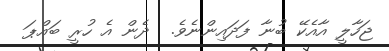
ޖަހާލީ އާއެކޭ ބުނާ ފަދައިންނެވެ.  ދެން އެ ހުރީ ބައްޕަ